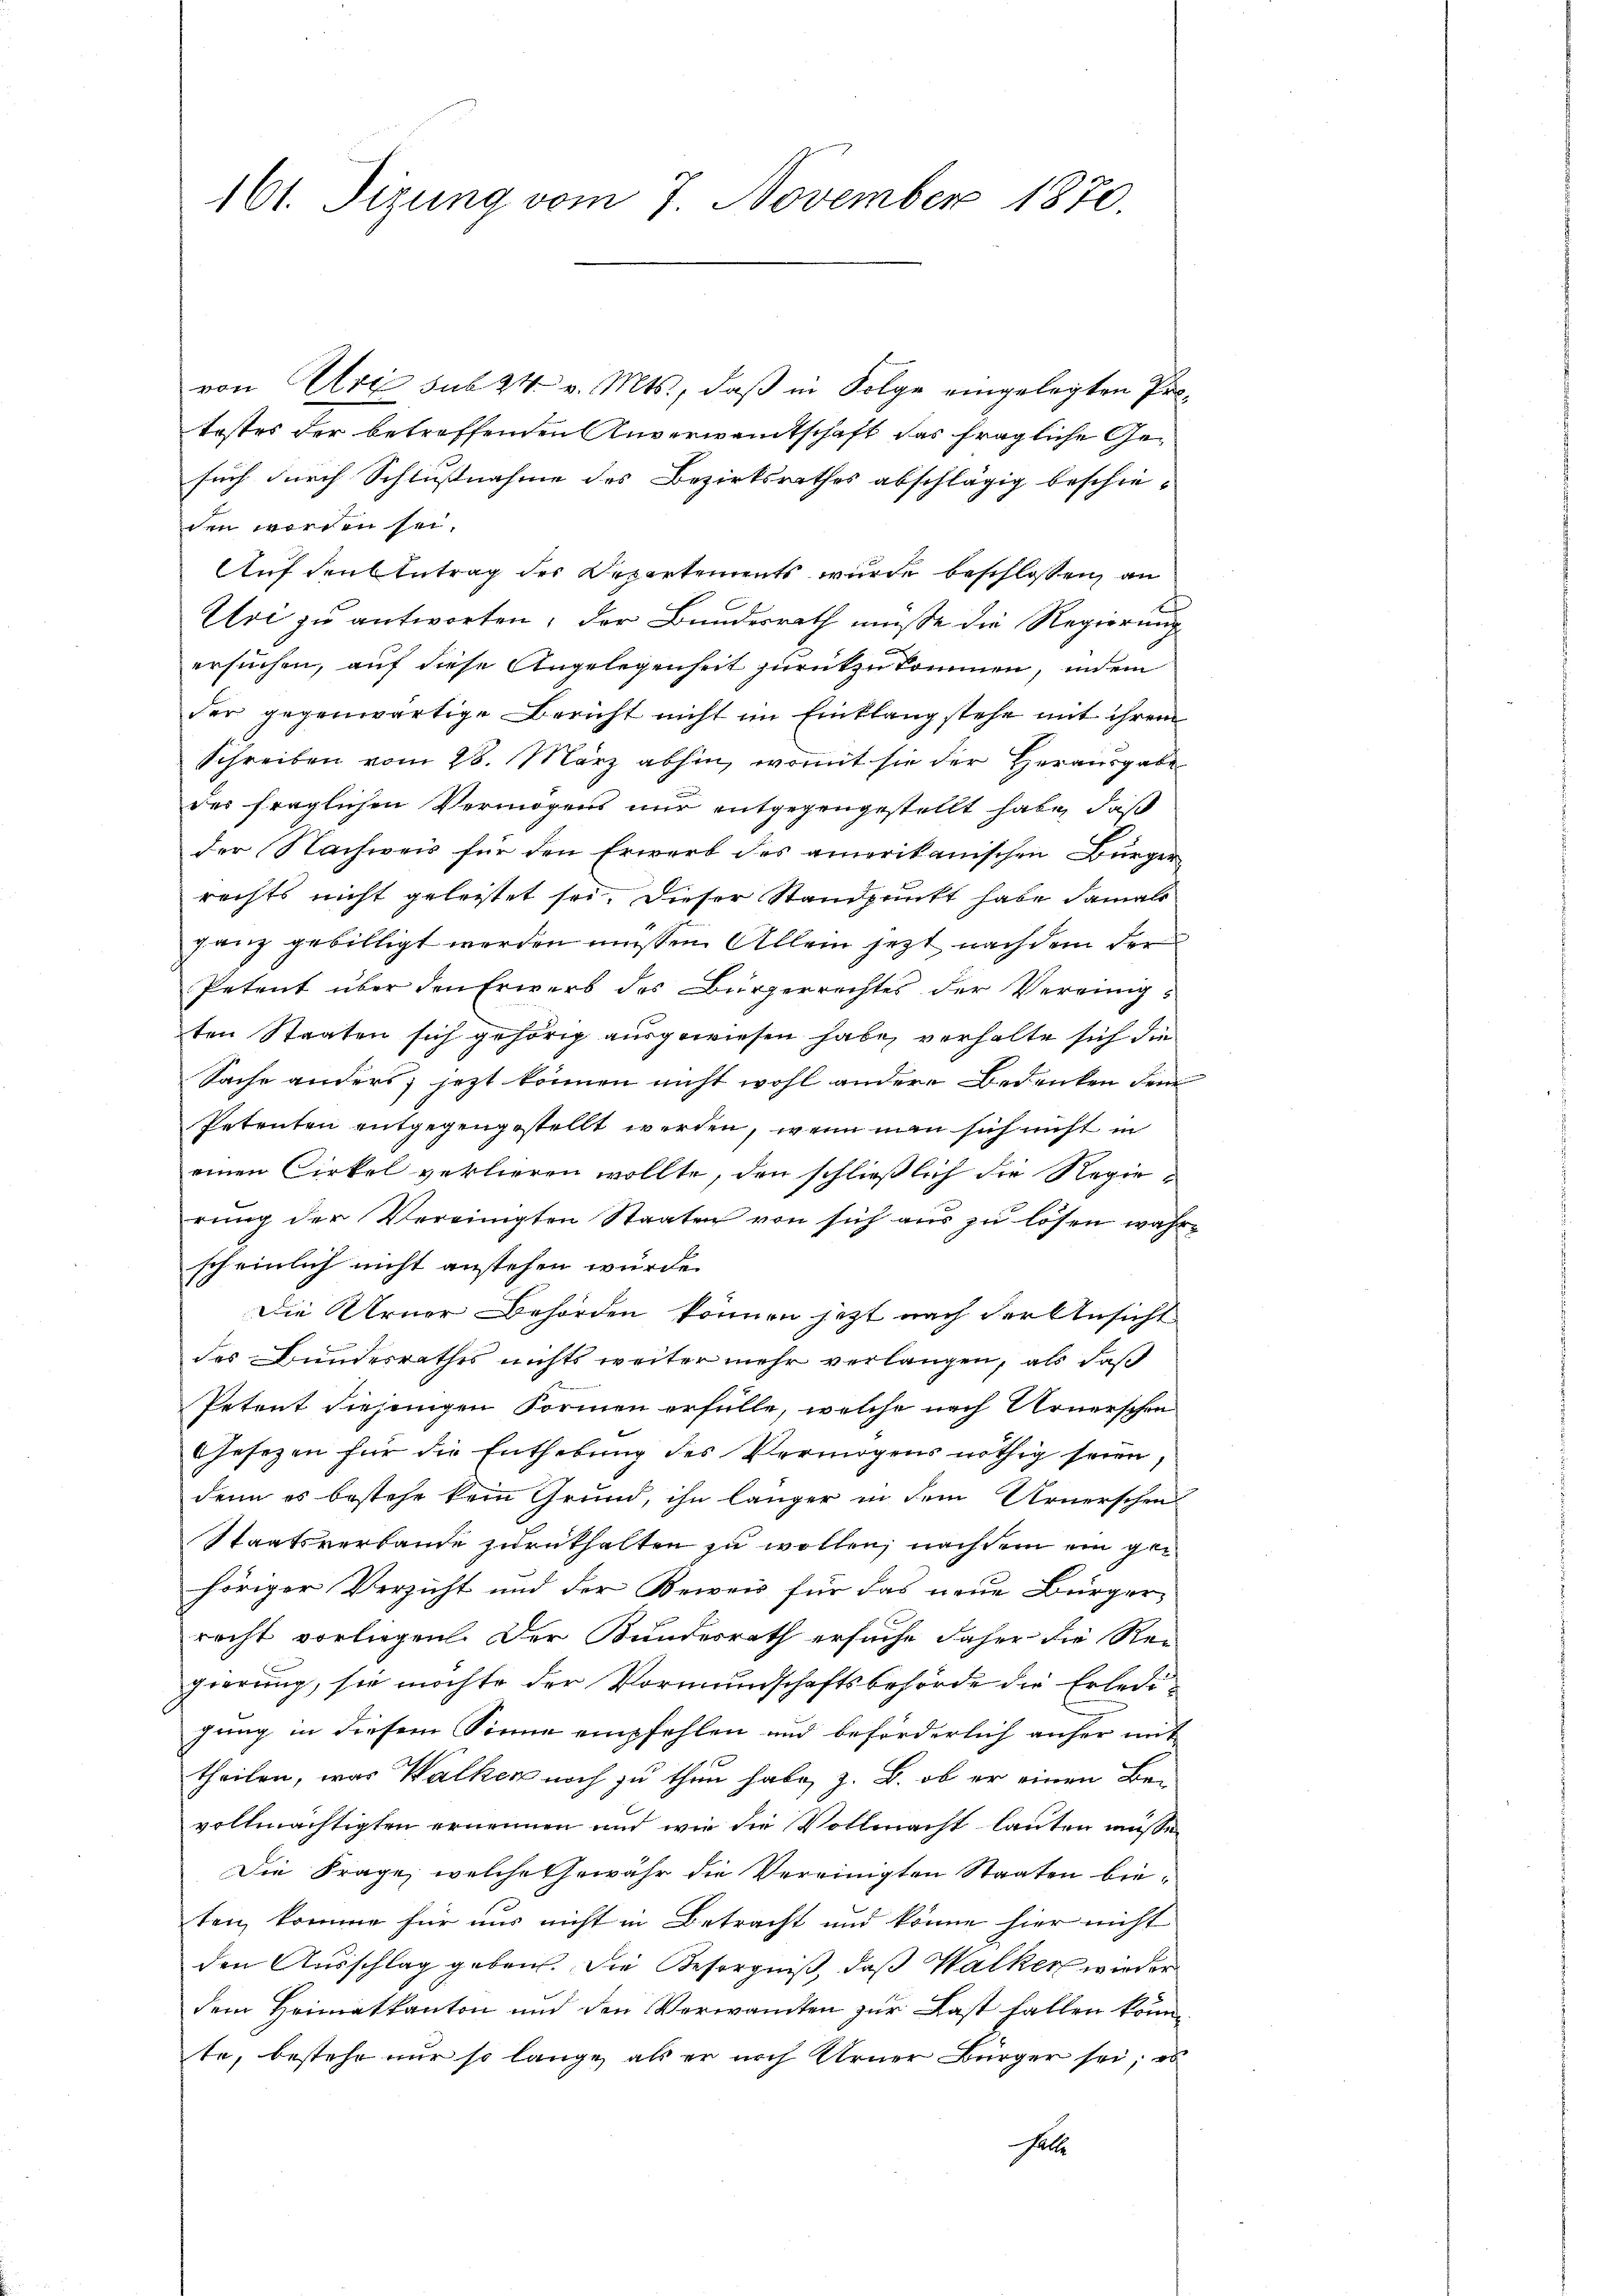
161. Sizung vom 7. November 1870.

von Arx sub 24 v. Mts., daß in Folge eingelegten Prokostes der betreffenden Anverwandtschaft das fragliche Gesuch durch Schlußnahme des Bezirksrathes abschlägig beschie-
den worden sei.
Auf den Antrag des Departements wurde beschlossen, an
Uri zu antworten, der Bundesrath müsse die Regierung
ersuchen, auf diese Angelegenheit zurückzukommen, indem
der gegenwärtige Bericht nicht im Einklang stehe mit ihrem
Schreiben vom 28. März abhin, womit sie der Herausgabe
des fraglichen Vermögens nur entgegengestellt habe, daß
der Nachweis für den Erwerb des amerikanischen Bürgerrechts nicht geleistet sei. Dieser Standpunkt habe damals
ganz gebilligt werden müssen. Allein jetzt nach dem der
Petent über den Erwerb des Bürgerrechtes der Vereinig-
ten Staaten sich gehörig ausgewiesen habe, verhalte sich die
Sache anders, jezt können nicht wohl andere Bedenken dem
Petenten entgegengestellt werden, wenn man sich nicht in
einen Cirkel verlieren wollte, den schließlich die Regierung der Vereinigten Staaten von sich aus zu lösen wahrscheinlich nicht anstehen würde.
Die Urner Behörden können jetzt nach der Ansicht
des Bundesrathes nichts weiter mehr verlangen, als daß
Petent diejenigen Formen erfülle, welche nach Urnerschen
Gesezen für die Enthebung des Vermögens nöthig seien,
denn es bestehe kein Grund, ihn länger in dem Urnerschen
Staatsverbande zurükhalten zu wollen, nachdem ein gehöriger Verzicht und der Beweis für das neue Bürger
recht vorliegen. Der Bundesrath ersuche daher die Rei
gierung, sie möchte der Vormundschaftsbehörde die Erledigung in diesem Sinne empfehlen und beförderlich anher mit
theilen, was Walken noch zu thun habe, z. B. ob er einen Be-
vollmächtigten ernennen und wir die Vollmacht lauten müsse,
Die Frage, welche Gewähr die Vereinigten Staaten bieten, komme für uns nicht in Betracht und könne hier nicht
den Ausschlag geben. Die Besorgniß, daß Walker wieder
dem Heimatkanton und den Verwandten zur Last fallen könnte, bestehe nur so lange, als er noch Urner Bürger sei; es
Felle